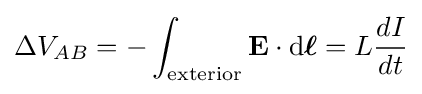
\Delta V_{AB}=-\int _{\mathrm {exterior} }\mathbf {E} \cdot \mathrm {d} {\boldsymbol {\ell }}=L{\frac {dI}{dt}}